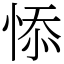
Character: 悿